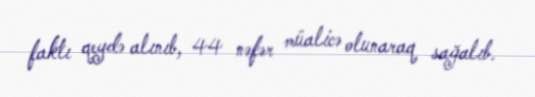
faktı qeydə alınıb, 44 nəfər müalicə olunaraq sağalıb.